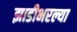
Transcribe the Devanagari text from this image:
झाडीभरल्या